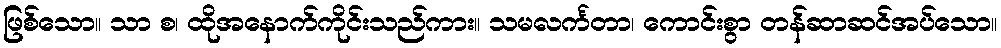
ဖြစ်သော။ သာ စ၊ ထိုအနောက်ကိုင်းသည်ကား။ သမလင်္ကတာ၊ ကောင်းစွာ တန်ဆာဆင်အပ်သော။